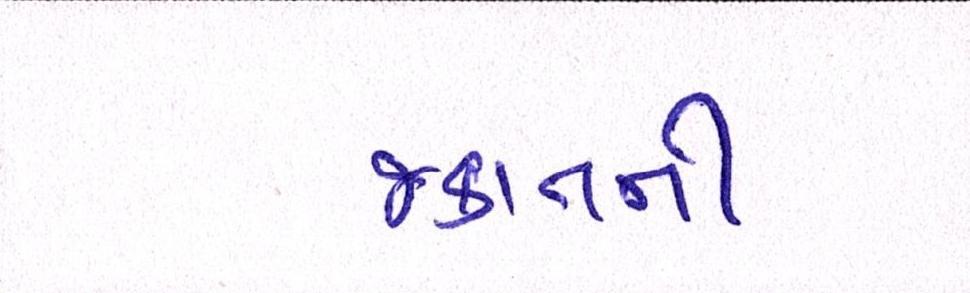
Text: જકાતની